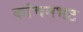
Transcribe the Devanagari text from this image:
कांचनभट